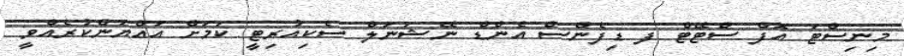
މިނިސްޓަ އޮފް ސްޓޭޓް ފ ޑިފެންސް އެންޑް ނޭޝަނަލް ސެކިއުރިޓީ ކަމަށް އައްޔަންކުރެއްވީ